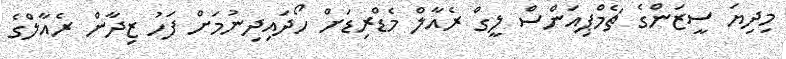
މިދިޔަ ސީޒަންގެ ޗެމްޕިއަންސް ލީގް ރެއާލް މެޑްރިޑަށް ހޯދައިދިނުމަށް ފަހު ޒިދާން ރެއާލްގެ